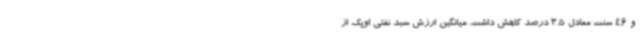
و 46 سنت معادل 3.5 درصد کاهش داشت. میانگین ارزش سبد نفتی اوپک از